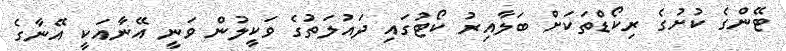
ޓޭންގެ ކުށުގެ ރިކޯޑްތަކަށް ބަލާއިރު ކޯޓުގައި ދައުލަތުގެ ވަކީލުން ވަނީ އޭނާއަކީ އޭނާގެ